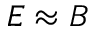
E \approx B